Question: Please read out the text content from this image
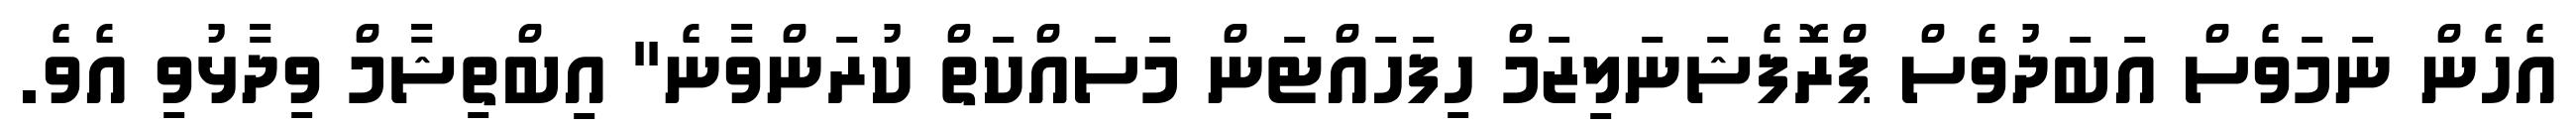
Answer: އެހެން ނަމަވެސް އަބަދުވެސް ޕްރޮފެޝަނަލިޒަމް ހިފަހައްޓަން މަސައްކަތް ކުރަންވާނެ" އިބްތިޝާމް ވިދާޅުވި އެވެ.